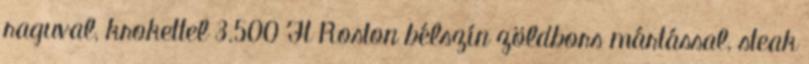
raguval, krokettel 3.500 Ft Roston bélszín zöldbors mártással, steak